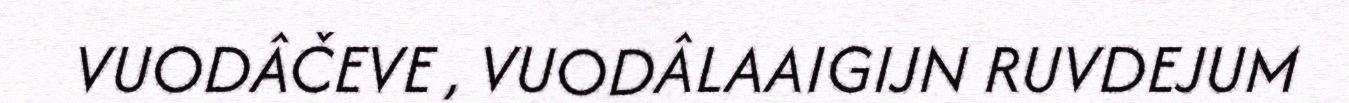
VUODÂČEVE , VUODÂLAAIGIJN RUVDEJUM